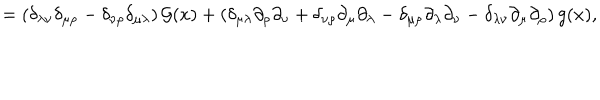
LaTeX: = \left( \delta _ { \lambda \nu } \delta _ { \mu \rho } - \delta _ { \nu \rho } \delta _ { \mu \lambda } \right) { \cal G } ( x ) + \left( \delta _ { \mu \lambda } \partial _ { \rho } \partial _ { \nu } + \delta _ { \nu \rho } \partial _ { \mu } \partial _ { \lambda } - \delta _ { \mu \rho } \partial _ { \lambda } \partial _ { \nu } - \delta _ { \lambda \nu } \partial _ { \mu } \partial _ { \rho } \right) g ( x ) ,